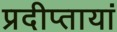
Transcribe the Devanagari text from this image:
प्रदीप्तायां